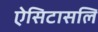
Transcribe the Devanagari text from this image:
ऐसिटासलि